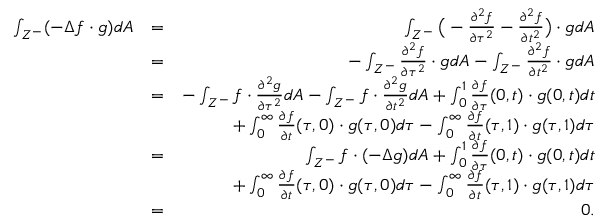
\begin{array} { r l r } { \int _ { Z ^ { - } } ( - \Delta f \cdot g ) d A } & { = } & { \int _ { Z ^ { - } } \big ( - \frac { \partial ^ { 2 } f } { \partial \tau ^ { 2 } } - \frac { \partial ^ { 2 } f } { \partial t ^ { 2 } } \big ) \cdot g d A } \\ & { = } & { - \int _ { Z ^ { - } } \frac { \partial ^ { 2 } f } { \partial \tau ^ { 2 } } \cdot g d A - \int _ { Z ^ { - } } \frac { \partial ^ { 2 } f } { \partial t ^ { 2 } } \cdot g d A } \\ & { = } & { - \int _ { Z ^ { - } } f \cdot \frac { \partial ^ { 2 } g } { \partial \tau ^ { 2 } } d A - \int _ { Z ^ { - } } f \cdot \frac { \partial ^ { 2 } g } { \partial t ^ { 2 } } d A + \int _ { 0 } ^ { 1 } \frac { \partial f } { \partial \tau } ( 0 , t ) \cdot g ( 0 , t ) d t } \\ & { } & { + \int _ { 0 } ^ { \infty } \frac { \partial f } { \partial t } ( \tau , 0 ) \cdot g ( \tau , 0 ) d \tau - \int _ { 0 } ^ { \infty } \frac { \partial f } { \partial t } ( \tau , 1 ) \cdot g ( \tau , 1 ) d \tau } \\ & { = } & { \int _ { Z ^ { - } } f \cdot ( - \Delta g ) d A + \int _ { 0 } ^ { 1 } \frac { \partial f } { \partial \tau } ( 0 , t ) \cdot g ( 0 , t ) d t } \\ & { } & { + \int _ { 0 } ^ { \infty } \frac { \partial f } { \partial t } ( \tau , 0 ) \cdot g ( \tau , 0 ) d \tau - \int _ { 0 } ^ { \infty } \frac { \partial f } { \partial t } ( \tau , 1 ) \cdot g ( \tau , 1 ) d \tau } \\ & { = } & { 0 . } \end{array}